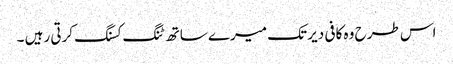
اس طرح وہ کافی دیر تک میرے ساتھ ٹنگ کسنگ کرتی رہیں ۔